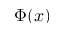
\Phi ( x )